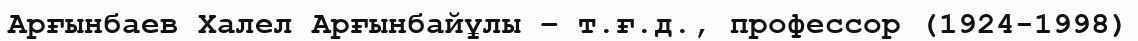
Арғынбаев Халел Арғынбайұлы – т.ғ.д., профессор (1924-1998)